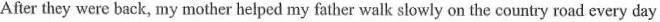
After they were back, my mother helped my father walk slowly on the country road every day